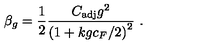
\beta _ { g } = \frac { 1 } { 2 } \frac { C _ { \mathrm { a d j } } g ^ { 2 } } { { \left( 1 + k g c _ { F } / 2 \right) } ^ { 2 } } \ .